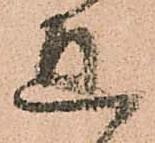
宜